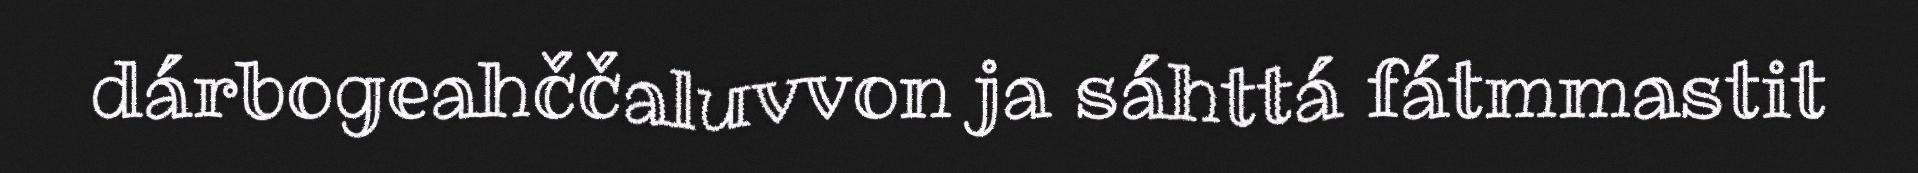
dárbogeahččaluvvon ja sáhttá fátmmastit